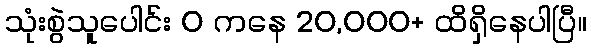
သုံးစွဲသူပေါင်း 0 ကနေ 20,000+ ထိရှိနေပါပြီ။